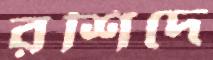
রশিদে